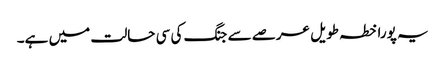
یہ پورا خطہ طویل عرصے سے جنگ کی سی حالت میں ہے۔